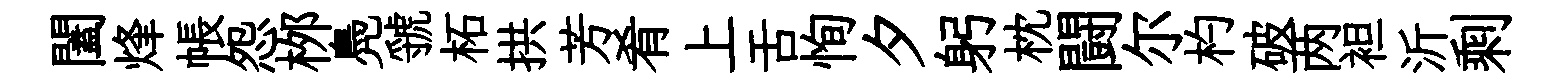
闔烽帳怨桞鳧虢柘拱芳肴上舌恂夕躬枕闘尔杓破两袒沂剩